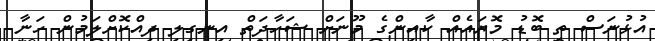
އުޅުނަސް ތީ ބޮޑު މޮޔައެއް ކާއިންގެ މޫނަށް ޝަހާދަތް އިނގިލި ދިއްކޮށްލަމުން ހަނާ